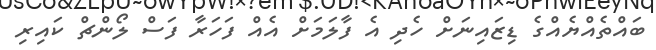
ބައްތެއްޔެއްގެ ޑިޒައިނަށް ހެދި އެ ފާލަމަށް އެއް ފަހަރާ ފަސް ލޯންޗް ކައިރި